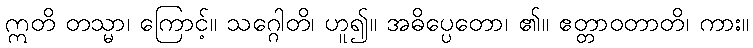
ဣတိ တသ္မာ၊ ကြောင့်။ သဂ္ဂေါတိ၊ ဟူ၍။ အဓိပ္ပေတော၊ ၏။ ဧတ္တာဝတာတိ၊ ကား။